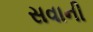
સવાની